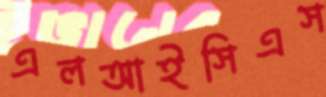
এলআইসিএস